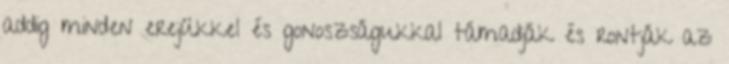
addig minden erejükkel és gonoszságukkal támadják és rontják az